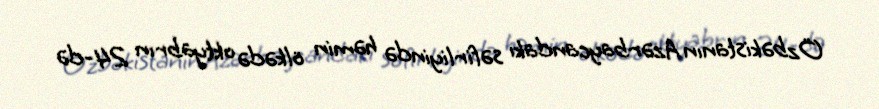
Özbəkistanın Azərbaycandakı səfirliyində həmin ölkədə oktyabrın 24-də